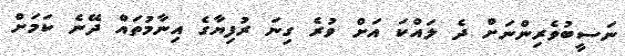
ނަސީބުވެރިންނަށް ދެ ލައްކަ އަށް ވުރެ ގިނަ ރުފިޔާގެ އިނާމުތައް ދޭނެ ކަމަށް